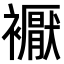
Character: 𧞣